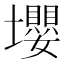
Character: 𡓫